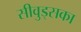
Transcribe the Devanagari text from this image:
सीवुड्सका